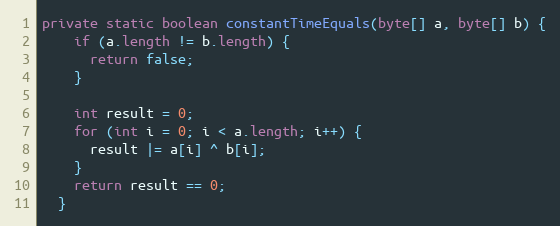
Language: Java
private static boolean constantTimeEquals(byte[] a, byte[] b) {
    if (a.length != b.length) {
      return false;
    }

    int result = 0;
    for (int i = 0; i < a.length; i++) {
      result |= a[i] ^ b[i];
    }
    return result == 0;
  }